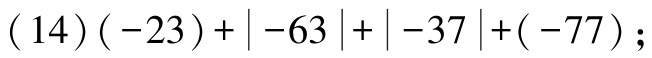
\((14)(-23)+|-63|+|-37|+(-77)\)